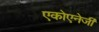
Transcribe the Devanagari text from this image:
एकोएनेर्जी